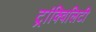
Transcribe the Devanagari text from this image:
ट्रांक्विलिटी